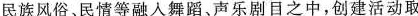
民族风俗、民情等融入舞蹈、声乐剧日之中，创建活动取